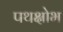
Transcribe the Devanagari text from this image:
पथक्षोभ